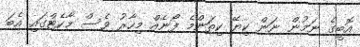
އޮބީގެ ނަމުން ނަން ކިޔޭ ކިތަންމެ ފޯނެއް މިހާރު ވެސް މާކެޓްގައި އެބަ